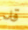
قد